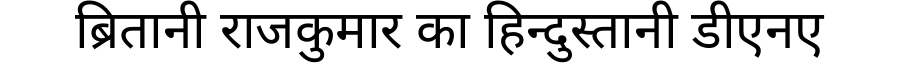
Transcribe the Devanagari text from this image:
ब्रितानी राजकुमार का हिन्दुस्तानी डीएनए